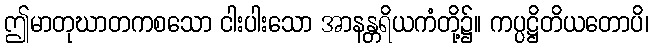
ဤမာတုဃာတကစသော ငါးပါးသော အာနန္တရိယကံတို့၌။ ကပ္ပဋ္ဌိတိယတောပိ၊